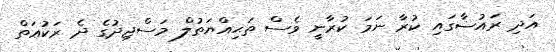
އަދި ރައުޟާގައި ކުރާ ނަމަ ކުރާނީ ވެސް ތަޙިއްޔަތުލް މަސްޖިދުގެ ދެ ރަކުޢަތް